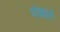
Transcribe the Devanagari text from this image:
पंचल